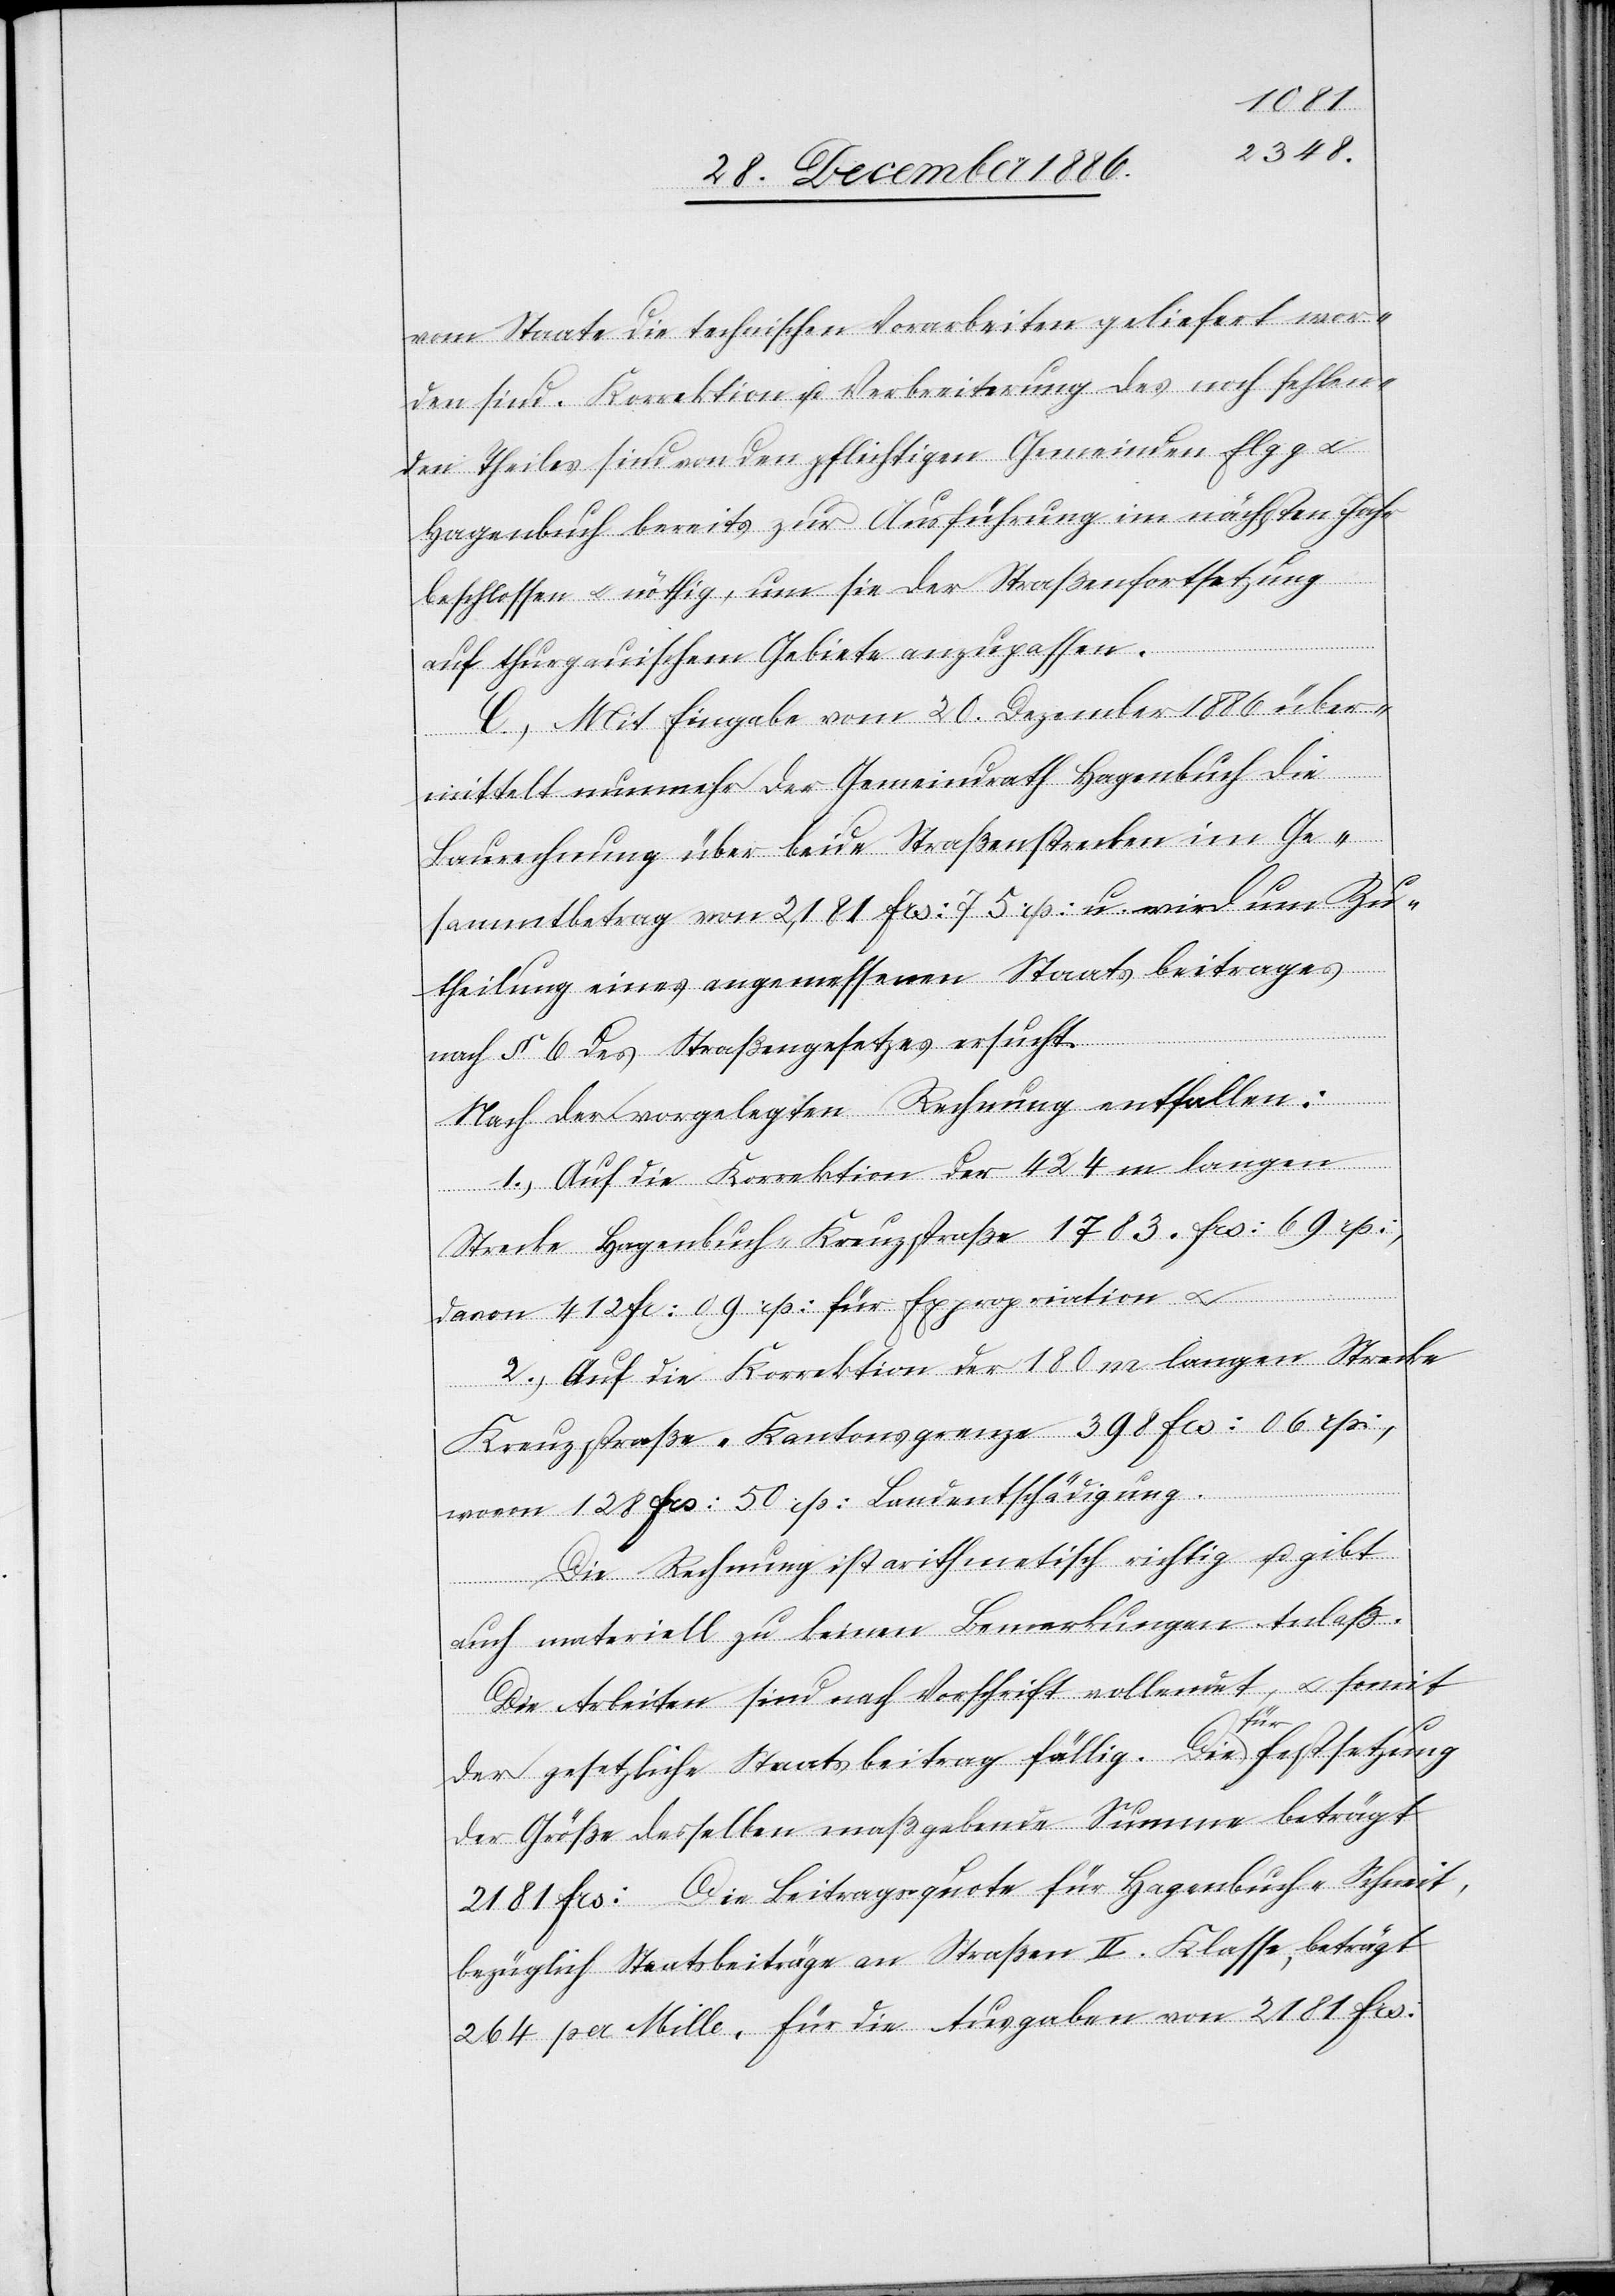
vom Staate die technischen Vorarbeiten geliefert wor¬
den sind. Korrektion u. Verbreiterung des noch fehlen¬
den Theiles sind von den pflichtigen Gemeinden Elgg &
Hagenbuch bereits zur Ausführung im nächsten Jahr
beschlossen & nöthig, um sie der Straßenfortsetzung
auf thurgauischem Gebiete anzupassen.
C.) Mit Eingabe vom 20. Dezember 1886 über¬
mittelt nunmehr der Gemeindrath Hagenbuch die
Baurechnung über beide Straßenstrecken im Ge¬
sammtbetrag von 2,101 Frs: 75 rp: u. wird um Zu¬
theilung eines angemessenen Staatsbeitrages
nach § 6 des Straßengesetzes ersucht.
Nach der vorgelegten Rechnung entfallen:
1.) Auf die Korrektion der 424 m langen
Strecke Hagenbuch–Kreuzstraße 1783 Frs: 69 rp:,
davon 412 Fr: 09 rp: für Expropriation &
2.) Auf die Korrektion der 180 m langen Strecke
Kreuzstraße–Kantonsgrenze 398 Frs: 06 rp:,
wovon 128 Frs: 50 rp: Landentschädigung.
Die Rechnung ist arithmetisch richtig u. gibt
auch materiell zu keinen Bemerkungen Anlaß.
Die Arbeiten sind nach Vorschrift vollendet, & somit
der gesetzliche Staatsbeitrag fällig. Die für Festsetzung
der Größe desselben maßgebende Summe beträgt
2181 Frs: Die Beitragsquote für Hagenbuch-Schneit,
bezüglich Staatsbeiträge an Straßen II. Klasse, beträgt
264 per Mille, für die Ausgaben von 2181 Frs: